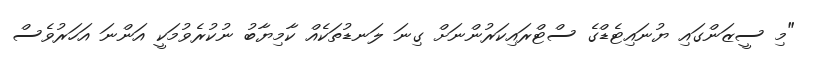
"މި ސީޒަންގައި ޔުނައިޓެޑްގެ ސްޓްރައިކަރުންނަށް ގިނަ ލަނޑުތަކެއް ކާމިޔާބު ނުކުރެވުމަކީ އަންނަ އަހަރުވެސް